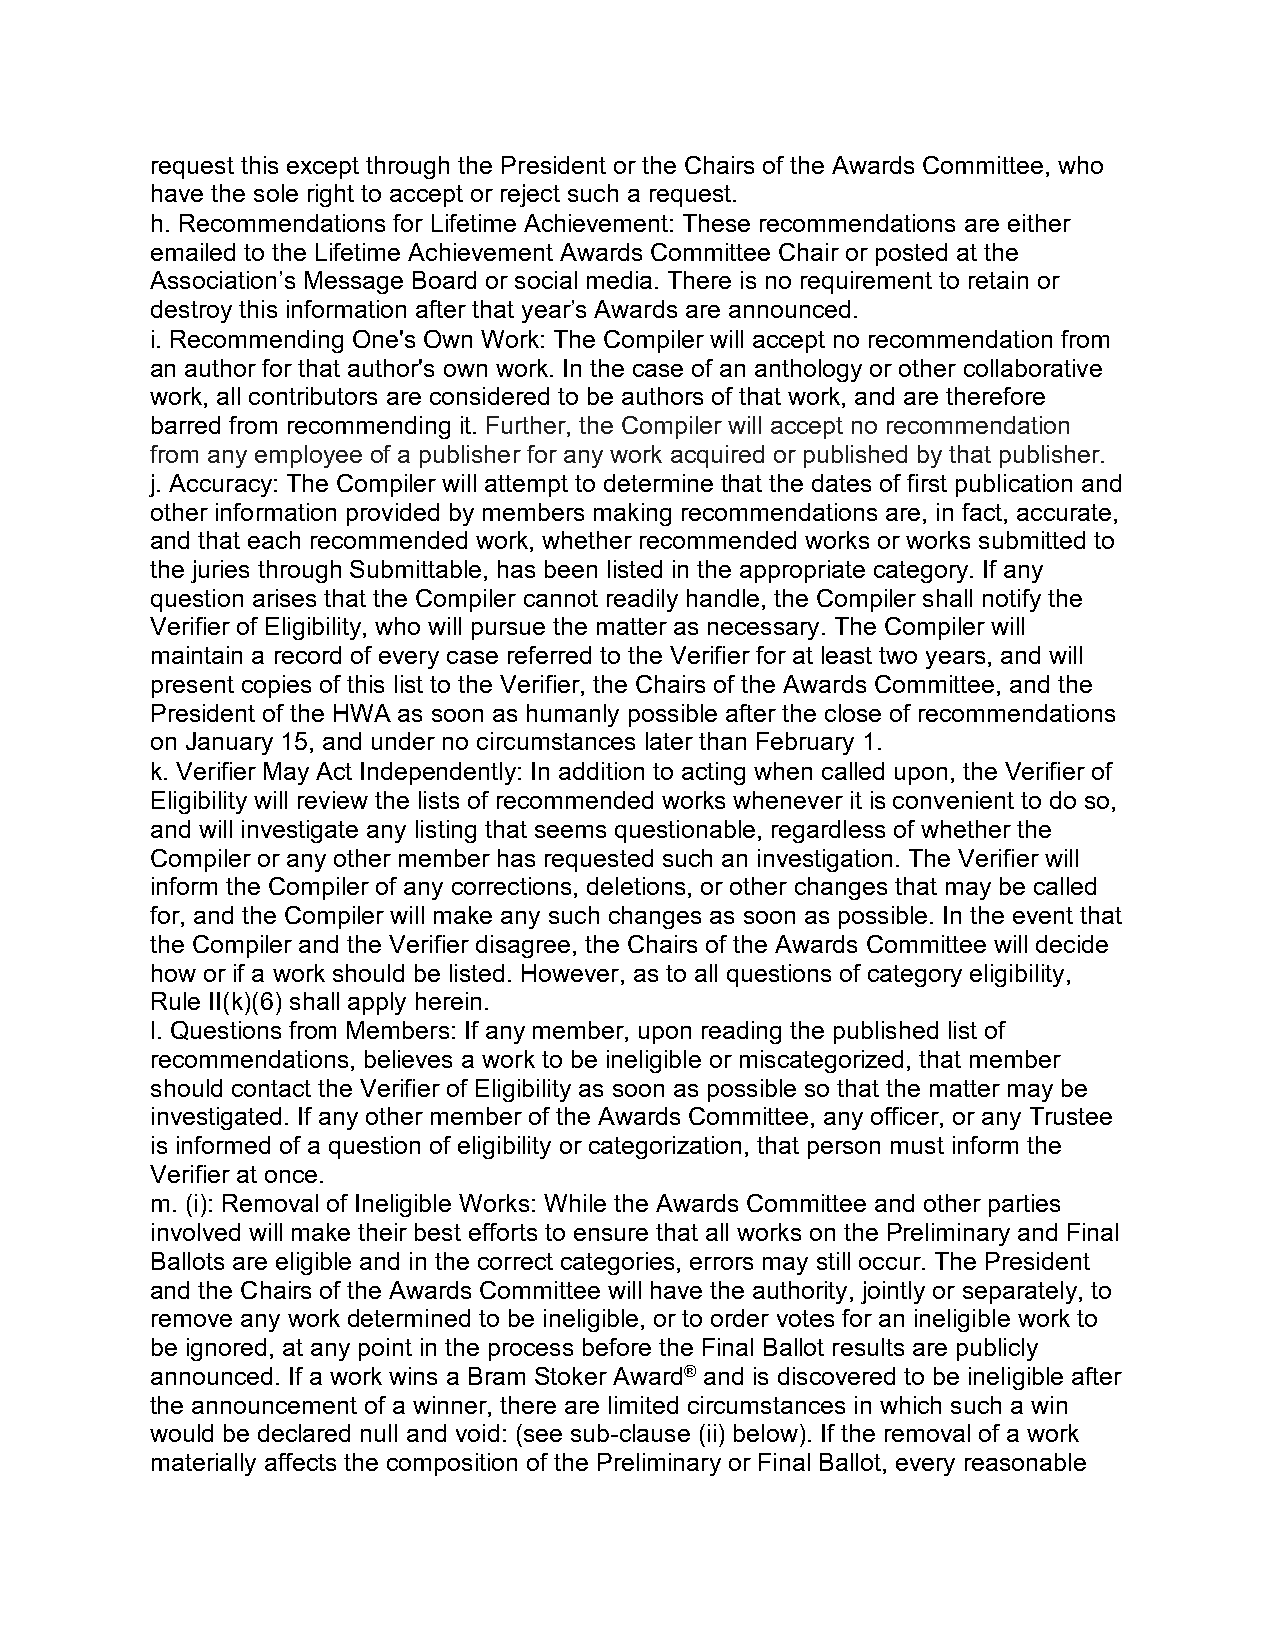
request this except through the President or the Chairs of the Awards Committee, who
 have the sole right to accept or reject such a request.
 h. Recommendations for Lifetime Achievement: These recommendations are either
 emailed to the Lifetime Achievement Awards Committee Chair or posted at the
 Association’s Message Board or social media. There is no requirement to retain or
 destroy this information after that year’s Awards are announced.
 i. Recommending One's Own Work: The Compiler will accept no recommendation from
 an author for that author's own work. In the case of an anthology or other collaborative
 work, all contributors are considered to be authors of that work, and are therefore
 barred from recommending it. Further, the Compiler will accept no recommendation
 from any employee of a publisher for any work acquired or published by that publisher.
 j. Accuracy: The Compiler will attempt to determine that the dates of first publication and
 other information provided by members making recommendations are, in fact, accurate,
 and that each recommended work, whether recommended works or works submitted to
 the juries through Submittable, has been listed in the appropriate category. If any
 question arises that the Compiler cannot readily handle, the Compiler shall notify the
 Verifier of Eligibility, who will pursue the matter as necessary. The Compiler will
 maintain a record of every case referred to the Verifier for at least two years, and will
 present copies of this list to the Verifier, the Chairs of the Awards Committee, and the
 President of the HWA as soon as humanly possible after the close of recommendations
 on January 15, and under no circumstances later than February 1.
 k. Verifier May Act Independently: In addition to acting when called upon, the Verifier of
 Eligibility will review the lists of recommended works whenever it is convenient to do so,
 and will investigate any listing that seems questionable, regardless of whether the
 Compiler or any other member has requested such an investigation. The Verifier will
 inform the Compiler of any corrections, deletions, or other changes that may be called
 for, and the Compiler will make any such changes as soon as possible. In the event that
 the Compiler and the Verifier disagree, the Chairs of the Awards Committee will decide
 how or if a work should be listed. However, as to all questions of category eligibility,
 Rule II(k)(6) shall apply herein.
 l. Questions from Members: If any member, upon reading the published list of
 recommendations, believes a work to be ineligible or miscategorized, that member
 should contact the Verifier of Eligibility as soon as possible so that the matter may be
 investigated. If any other member of the Awards Committee, any officer, or any Trustee
 is informed of a question of eligibility or categorization, that person must inform the
 Verifier at once.
 m. (i): Removal of Ineligible Works: While the Awards Committee and other parties
 involved will make their best efforts to ensure that all works on the Preliminary and Final
 Ballots are eligible and in the correct categories, errors may still occur. The President
 and the Chairs of the Awards Committee will have the authority, jointly or separately, to
 remove any work determined to be ineligible, or to order votes for an ineligible work to
 be ignored, at any point in the process before the Final Ballot results are publicly
 announced. If a work wins a Bram Stoker Award® and is discovered to be ineligible after
 the announcement of a winner, there are limited circumstances in which such a win
 would be declared null and void: (see sub-clause (ii) below). If the removal of a work
 materially affects the composition of the Preliminary or Final Ballot, every reasonable